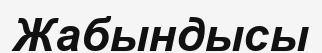
Жабындысы